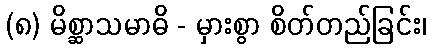
(၈) မိစ္ဆာသမာဓိ - မှားစွာ စိတ်တည်ခြင်း၊